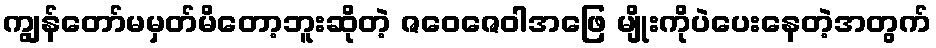
ကျွန်တော်မမှတ်မိတော့ဘူးဆိုတဲ့ ဇဝေဇေဝါအဖြေ မျိုးကိုပဲပေးနေတဲ့အတွက်